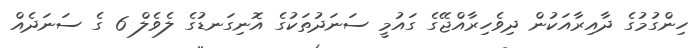
ހިންގުމުގެ ދާއިރާއަކުން ދިވެހިރާއްޖޭގެ ގައުމީ ސަނަދުތަކުގެ އޮނިގަނޑުގެ ލެވެލް 6 ގެ ސަނަދެއް